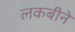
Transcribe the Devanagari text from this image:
लकबीने